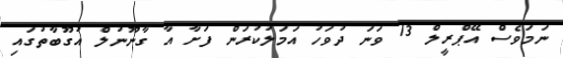
ނަމަވެސް އޭޕްރީލް 13 ވަނަ ދުވަހު އަމަލުކުރަން ފަށާ އާ ގާނޫނުލް އުގޫބާތުގައި